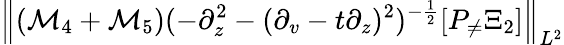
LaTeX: \left\| (\mathcal{M}_{4}+\mathcal{M}_{5})(-\partial_{z}^{2}-(\partial_{v}-t\partial_{z})^{2})^{-\frac 12}[P_{\neq}\Xi_{2}]\right\| _{L^{2}}